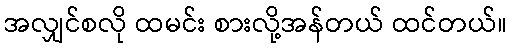
အလျှင်စလို ထမင်း စားလို့အန်တယ် ထင်တယ်။